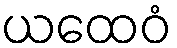
ယထေဝံ